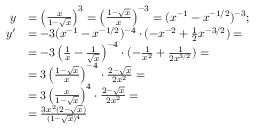
\begin{array} { r l } { y } & { = \left( \frac { x } { 1 - \sqrt { x } } \right) ^ { 3 } = \left( \frac { 1 - \sqrt { x } } { x } \right) ^ { - 3 } = ( x ^ { - 1 } - x ^ { - 1 / 2 } ) ^ { - 3 } ; } \\ { y ^ { \prime } } & { = - 3 ( x ^ { - 1 } - x ^ { - 1 / 2 } ) ^ { - 4 } \cdot ( - x ^ { - 2 } + \frac 1 2 x ^ { - 3 / 2 } ) = } \\ & { = - 3 \left( \frac 1 x - \frac 1 { \sqrt { x } } \right) ^ { - 4 } \cdot ( - \frac 1 { x ^ { 2 } } + \frac 1 { 2 x ^ { 3 / 2 } } ) = } \\ & { = 3 \left( \frac { 1 - \sqrt { x } } { x } \right) ^ { - 4 } \cdot \frac { 2 - \sqrt { x } } { 2 x ^ { 2 } } = } \\ & { = 3 \left( \frac { x } { 1 - \sqrt { x } } \right) ^ { 4 } \cdot \frac { 2 - \sqrt { x } } { 2 x ^ { 2 } } = } \\ & { = \frac { 3 x ^ { 2 } ( 2 - \sqrt { x } ) } { ( 1 - \sqrt { x } ) ^ { 4 } } } \end{array}